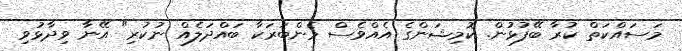
މަސައްކަތް ކުރާ ބޭފުޅުން. ކޮމިޝަންގެ އެއްވެސް މެންބަރަކާ ބައްދަލެއް ނުކުރި" އޭނާ ވިދާޅުވި